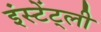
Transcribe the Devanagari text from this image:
इंस्टेंट्ली